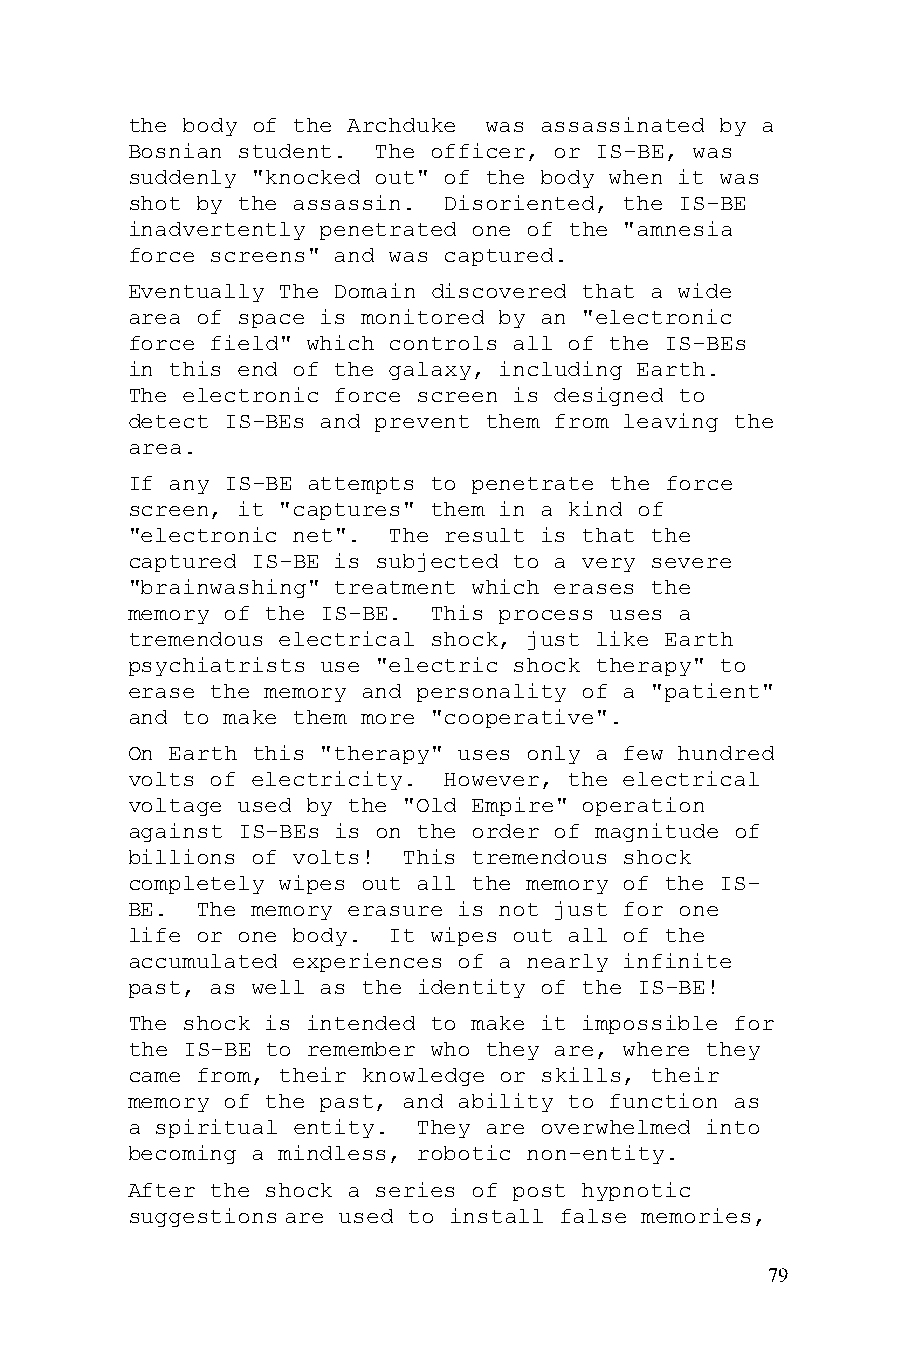
the body of the Archduke was assassinated by a
 Bosnian student. The officer, or IS-BE, was
 suddenly "knocked out" of the body when it was
 shot by the assassin. Disoriented, the IS-BE
 inadvertently penetrated one of the "amnesia
 force screens" and was captured.
 Eventually The Domain discovered that a wide
 area of space is monitored by an "electronic
 force field" which controls all of the IS-BEs
 in this end of the galaxy, including Earth.
 The electronic force screen is designed to
 detect IS-BEs and prevent them from leaving the
 area.
 If any IS-BE attempts to penetrate the force
 screen, it "captures" them in a kind of
 "electronic net". The result is that the
 captured IS-BE is subjected to a very severe
 "brainwashing" treatment which erases the
 memory of the IS-BE. This process uses a
 tremendous electrical shock, just like Earth
 psychiatrists use "electric shock therapy" to
 erase the memory and personality of a "patient"
 and to make them more "cooperative".
 On Earth this "therapy" uses only a few hundred
 volts of electricity. However, the electrical
 voltage used by the "Old Empire" operation
 against IS-BEs is on the order of magnitude of
 billions of volts! This tremendous shock
 completely wipes out all the memory of the IS-
 BE.  The memory erasure is not just for one
 life or one body. It wipes out all of the
 accumulated experiences of a nearly infinite
 past, as well as the identity of the IS-BE!
 The shock is intended to make it impossible for
 the IS-BE to remember who they are, where they
 came from, their knowledge or skills, their
 memory of the past, and ability to function as
 a spiritual entity. They are overwhelmed into
 becoming a mindless, robotic non-entity.
 After the shock a series of post hypnotic
 suggestions are used to install false memories,
 79